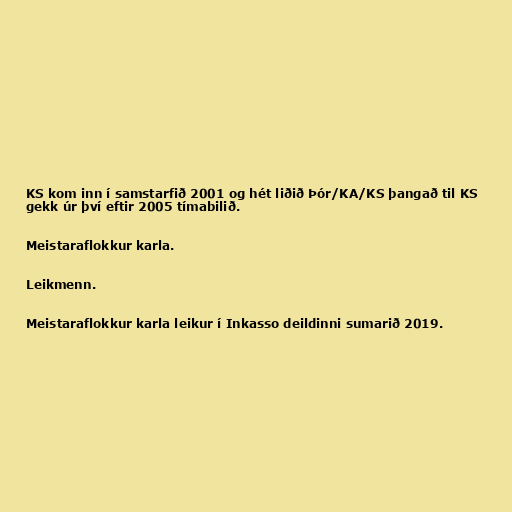
KS kom inn í samstarfið 2001 og hét liðið Þór/KA/KS þangað til KS
gekk úr því eftir 2005 tímabilið.

Meistaraflokkur karla.

Leikmenn.

Meistaraflokkur karla leikur í Inkasso deildinni sumarið 2019.